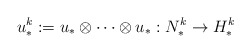
\begin{align*} u_*^k := u_* \otimes \cdots \otimes u_* : N_*^k \to H_*^k\end{align*}